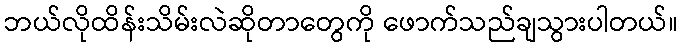
ဘယ်လိုထိန်းသိမ်းလဲဆိုတာတွေကို ဖောက်သည်ချသွားပါတယ်။